画像に写った文字を読んでください
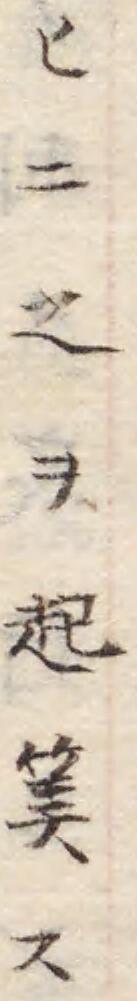
「ヒニ之ヲ起𥮅ス」と書いてあります